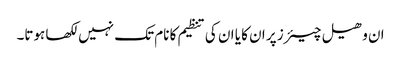
ان وھیل چیئرز پر ان کا یا ان کی تنظیم کا نام تک نہیں لکھا ہوتا۔